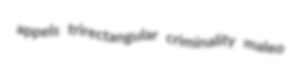
appels trirectangular criminality maleo